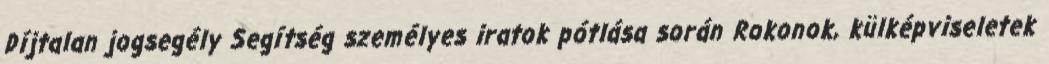
Díjtalan jogsegély Segítség személyes iratok pótlása során Rokonok, külképviseletek